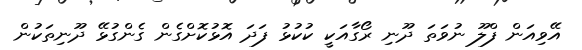
އޭވިއަން ފްލޫ ނުވަތަ ދޫނި ރޯގާއަކީ ކުކުޅު ފަދަ އޮޅުކޮށްގެން ގެންގުޅޭ ދޫނިތަކުން